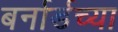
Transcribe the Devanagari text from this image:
बर्नार्डच्या